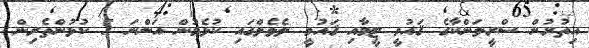
އިތުރުން ސްރީލަންކާގެ ޤައުމީ ޓީމާއި ޤައުމީ ލެވެލްގައި ކުޅެމުން އަންނަ 5 ކުޅުންތެރިން